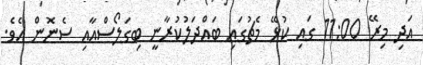
އަދި މިރޭ 11:00 ގައި ކުޅޭ މެޗުގައި ބައްދަލުކުރާނީ ބިގަލޯސްއާއި ސެނޮން އެވެ.